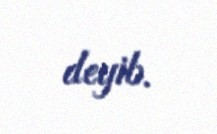
deyib.